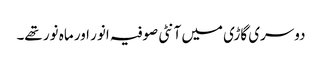
دوسری گاڑی میں آنٹی صوفیہ انور اور ماہ نور تھے۔